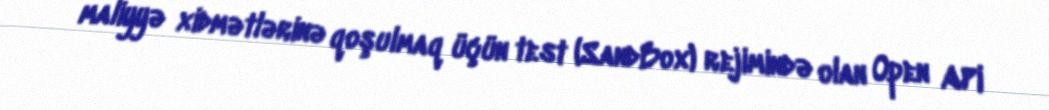
maliyyə xidmətlərinə qoşulmaq üçün test (SandBox) rejimində olan Open API